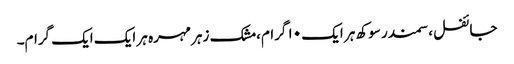
جائفل ،سمندر سوکھ ہر ایک ۱۰ گرام، مشک زہر مہرہ ہر ایک ایک گرام۔